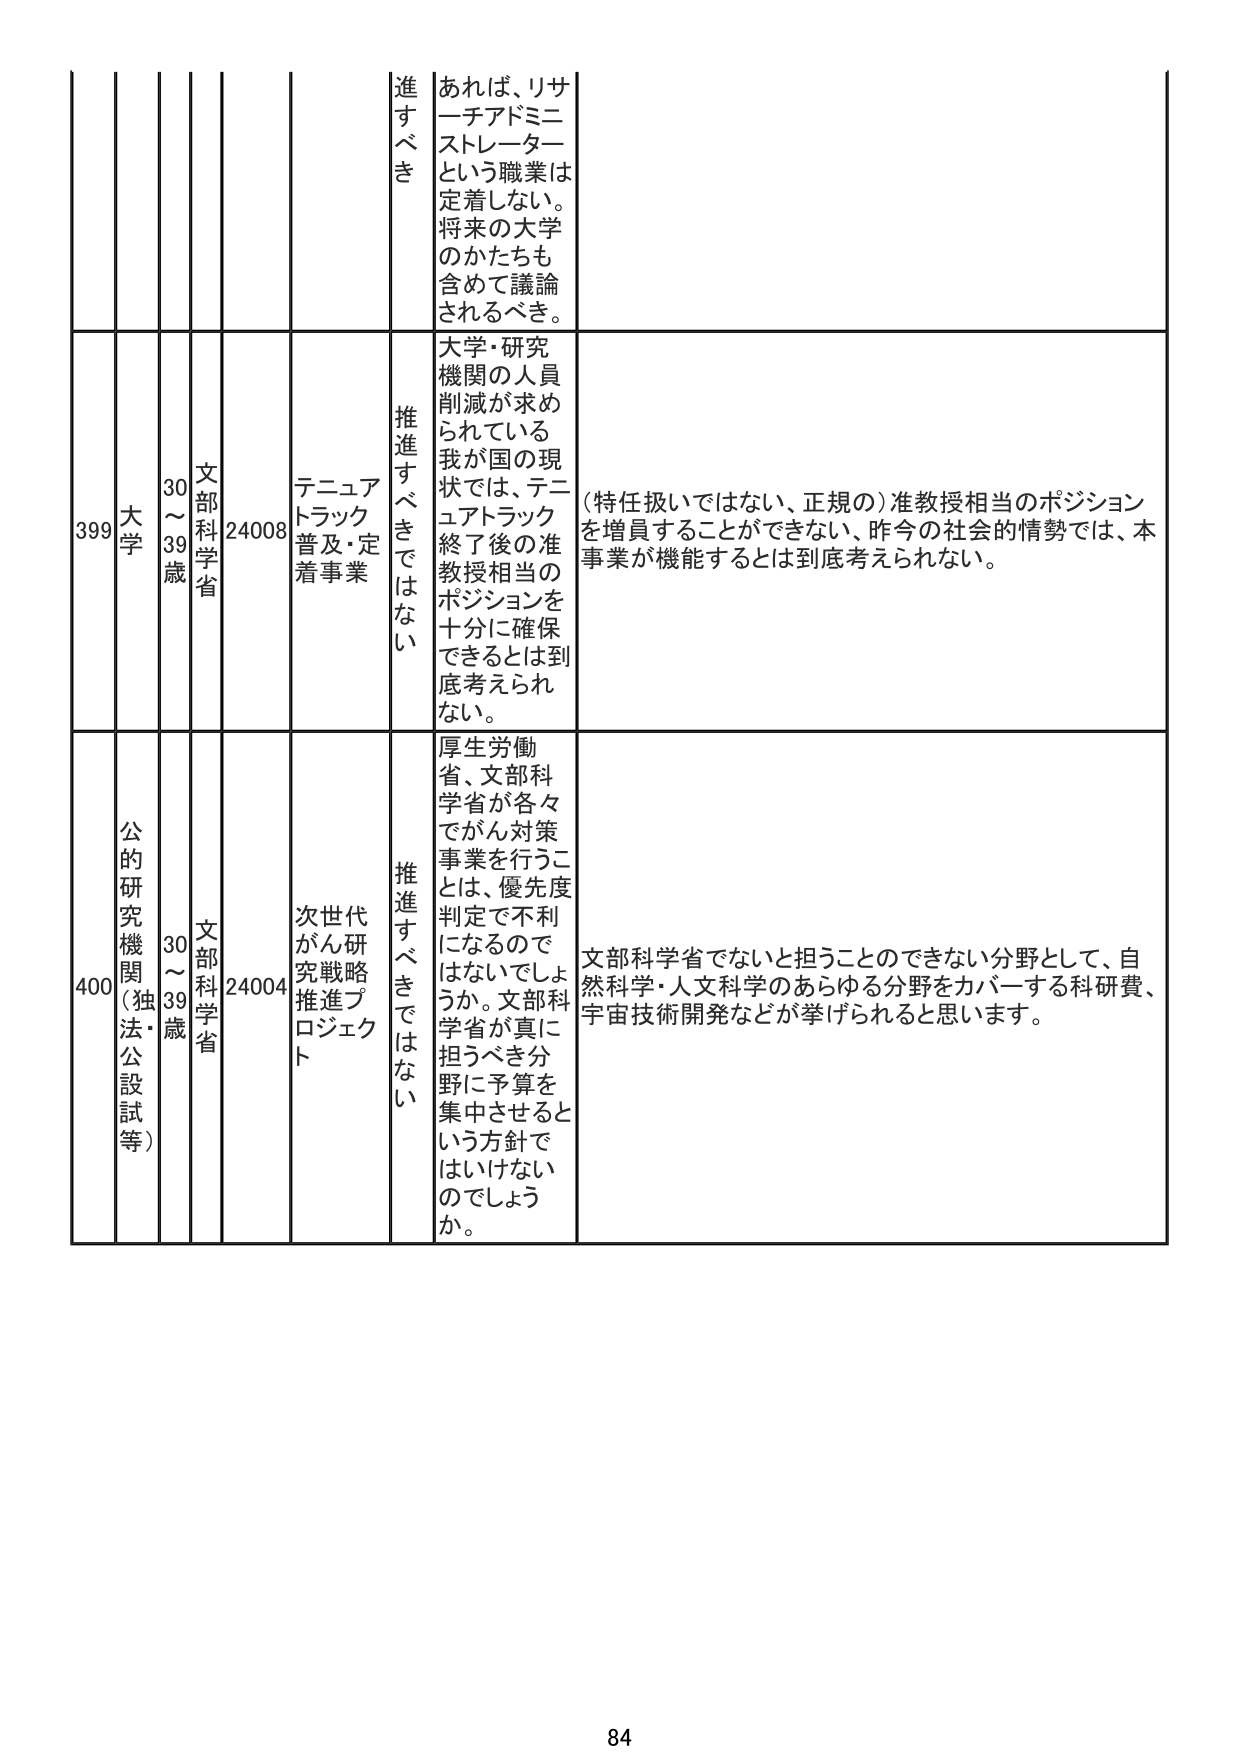
399 大学 30～39歳 文部科学省 24008 テニュアトラック普及・定着事業 推進すべきではない 大学・研究機関の人員削減が求められている我が国の現状では、テニュアトラック終了後の准教授相当のポジションを十分に確保できるとは到底考えられない。 （特任扱いではない、正規の）准教授相当のポジションを増員することができない、昨今の社会的情勢では、本事業が機能するとは到底考えられない。

400 公的研究機関（独法・公設試等） 30～39歳 文部科学省 24004 次世代がん研究戦略推進プロジェクト 推進すべきではない 厚生労働省、文部科学省が各々でがん対策事業を行うことは、優先度判定で不利になるのではないでしょうか。文部科学省が真に担うべき分野に予算を集中させるという方針ではいけないのでしょうか。 文部科学省でないと担うことのできない分野として、自然科学・人文科学のあらゆる分野をカバーする科研費、宇宙技術開発などが挙げられると思います。

84